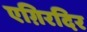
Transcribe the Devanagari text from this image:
एग़िरदिर